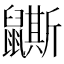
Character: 𪖉